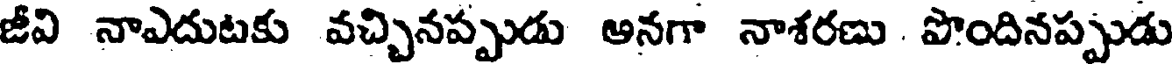
జీవి నాఎదుటకు వచ్చినప్పుడు అనగా నాశరణు . పొందినప్పుడు